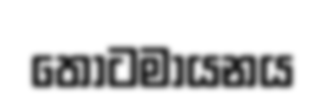
තෝටමායනය